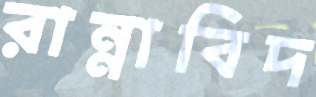
রান্নাবিদ